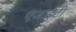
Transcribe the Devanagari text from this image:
एंजाईटी